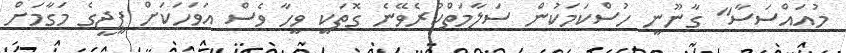
މުއައްސަސާ" ގާނޫނީ ހުސްކަމަކުން ސަލާމަތްކުރެވޭނެ ގޮތަކީ ވީހާ ވެސް އަވަހަކަށް ޕީޖީގެ މަގާމަށް